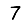
Digit: 7